Document type: Sale
Year: 1430
Scribe: [Unknown]
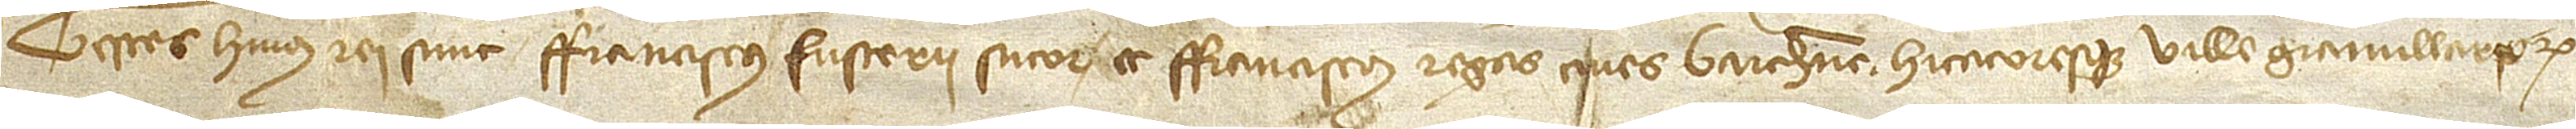
Testes huius rei sunt: Franciscus Fusterii, sutor, et Franciscus Regas, cives Barchinone habitatoresque ville Granullariorum.